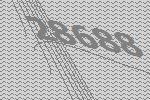
28688